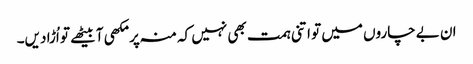
ان بے چاروں میں تو اتنی ہمت بھی نہیں کہ منہ پر مکھی آ بیٹھے تو اُڑا دیں۔